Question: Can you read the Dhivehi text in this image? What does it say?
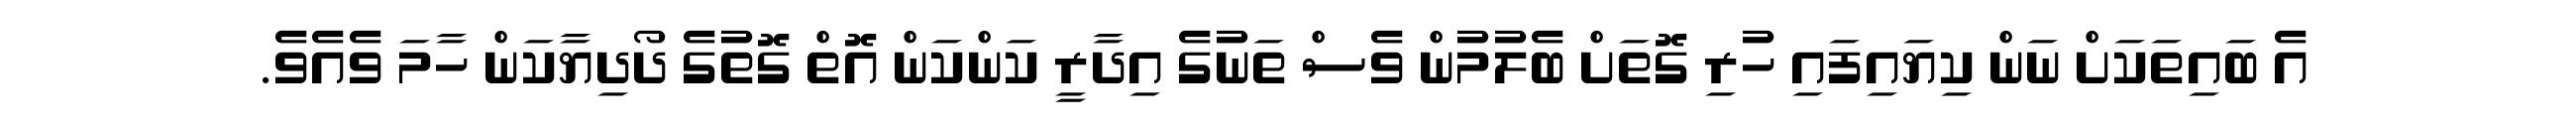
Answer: އެ ބައިތަކަށް ނަން ކިޔައިފައި ހުރި ގޮތަށް ބެލުމުން ވެސް ތަނުގެ އިދާރީ ކަންކަން އޮތް ގޮތުގެ ދޯދިޔާކަން ހާމަ ވެއެވެ.